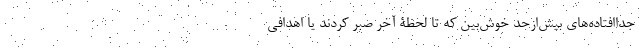
جداافتاده‌های بیش‌ازحد خوش‌بین که تا لحظۀ آخر صبر کردند یا اهدافی